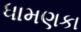
ધામણકા